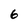
Character: 6